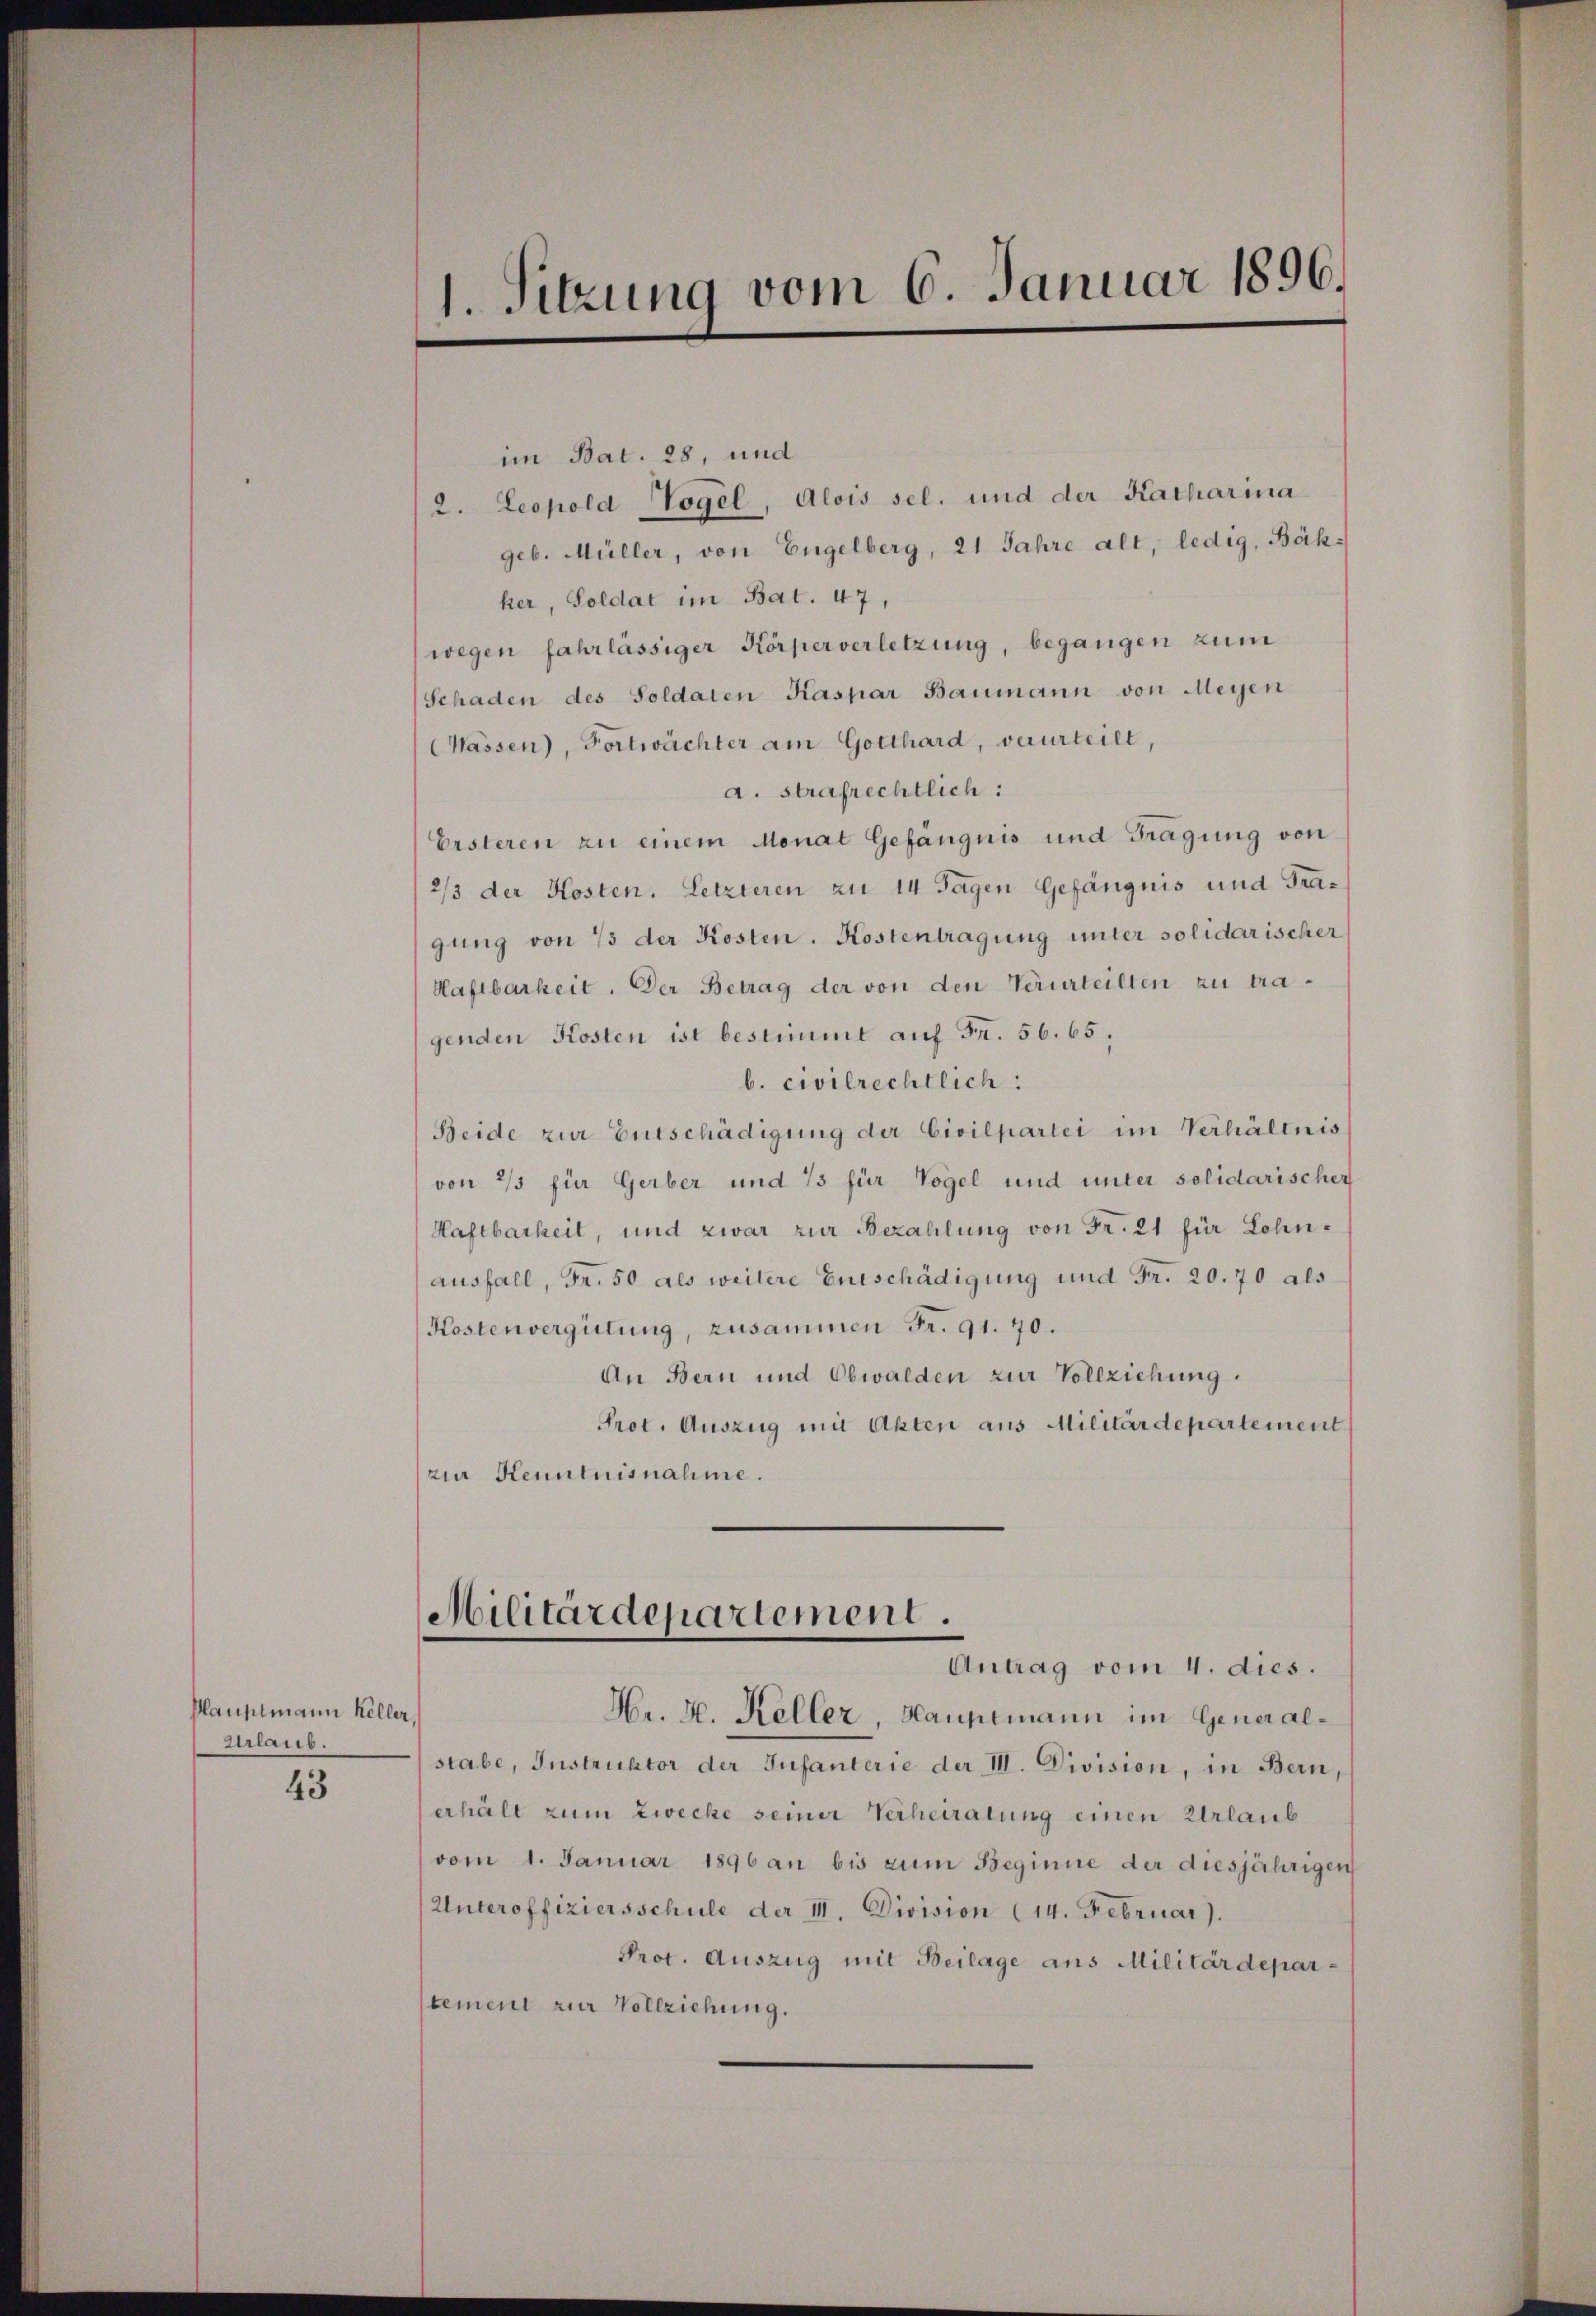
Hauptmann Keller,
Urlaub.

43

im Bat. 28, und
2. Leopold Vogel, Alois sel. und der Katharina
geb. Müller, von Engelberg, 21 Jahre alt, ledig, Bähker, Soldat im Bat. 47,
wegen fahrlässiger Körperverletzung, begangen zum
Schaden des Soldaten Kaspar Baumann von Meyen
(Wassen), Fortwächter am Gotthard, verurteilt,
a. strafrechtlich:
Ersteren zu einem Monat Gefängnis und Fragung von
2/3 der Kosten. Letzteren zu 14 Tagen Gefängnis und Tragung von 73 der Kosten. Kostentragung unter solidarischer
Haftbarkeit. Der Betrag der von den Verurteilten zu tragenden Kosten ist bestimmt auf Fr. 56. 65,
b. civilrechtlich:
Beide zur Entschädigung der Civilpartei im Verhältnis
von 2/3 für Gerber und 73 für Vogel und unter solidarischen
Haftbarkeit, und zwar zur Bezahlung von Fr. 21 für Lohnausfall, Fr. 50 als weitere Entschädigung und Fr. 20. 70 als
Kostenvergütung, zusammen Fr. 91. 70.
An Bern und Obwalden zur Vollziehung.
Prot. Auszug mit Akten aus Militärdepartement
ria Kenntnisnahme.
Militärdepartement.
Antrag vom 4. dies.
Hr. H. Keller, Hauptmann im Generalstabe, Instruktor der Infanterie der II. Division, in Bern,
erhält zum Zwecke seiner Verheiratung einen Urlaub
vom 1. Januar 1896 an bis zum Beginne der diesjährigen
Unteroffiziersschule der III. Division (14. Februar).
Prot. Auszug mit Beilage aus Militärdepartement zur Vollziehung.

1. Sitzung vom 6. Januar 1896.